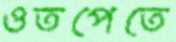
ওতপেতে